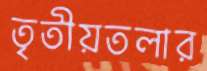
তৃতীয়তলার